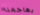
يهاجمنا